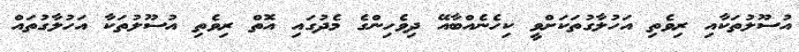
އުސޫލުތަކާއި ރިވެތި އަހުލާގުތަކަށްވީ ކިހެނެއްބާއޭ ދިވެހިންގެ މެދުގައި އޮތް ރިވެތި އުސޫލުތަކާ އަހުލާގުތައް